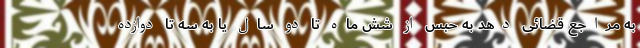
به مراجع قضائی دهد به حبس از شش ماه تا دو سال یا به سه تا دوازده